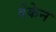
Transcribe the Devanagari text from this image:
वेकेन